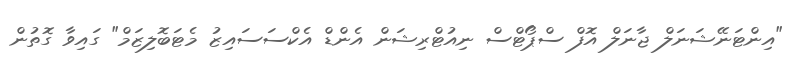
"އިންޓަނޭޝަނަލް ޖާނަލް އޮފް ސްޕޯޓްސް ނިއުޓްރިޝަން އެންޑް އެކްސަސައިޒު މެޓަބޮލިޒަމް" ގައިވާ ގޮތުން